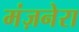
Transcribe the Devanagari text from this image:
मंज़नेरा